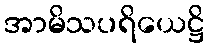
အာမိသပရိယေဋ္ဌိ